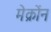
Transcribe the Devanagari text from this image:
मेक्रोंन